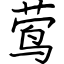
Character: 莺